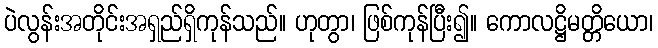
ပဲလွန်းအတိုင်းအရှည်ရှိကုန်သည်။ ဟုတွာ၊ ဖြစ်ကုန်ပြီး၍။ ကောလဋ္ဌိမတ္တိယော၊